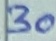
Text: 30